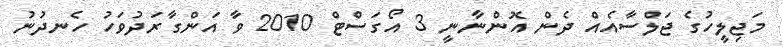
މަޖިލީހުގެ ޖަލްސާއެއް ދެން އޮންނާނީ 3 އޯގަސްޓް 2010 ވާ އަންގާރަދުވަހު ހެނދުނު